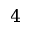
4